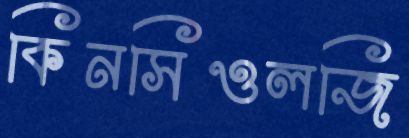
কিনসিওলজি